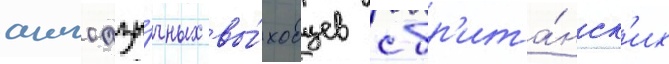
англоазы́чных вы́ходцев с бр'ита́нск'их